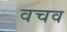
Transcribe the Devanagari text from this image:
वचव